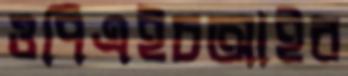
ওপিএইচআইর